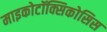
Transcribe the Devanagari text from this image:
माइकोटॉक्सिकोसिस